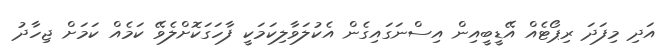
އަދި މިފަދަ ރިޕޯޓެއް އޭޑީބީއިން އިސްނަގައިގެން އެކުލަވާލިކަމަކީ ފާހަގަކޮށްލެވޭ ކަމެއް ކަމަށް ޖިހާދު